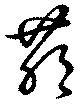
萌